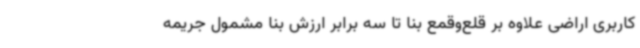
کاربری اراضی علاوه بر قلع‌وقمع بنا تا سه برابر ارزش بنا مشمول جریمه